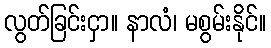
လွတ်ခြင်းငှာ။ နာလံ၊ မစွမ်းနိုင်။